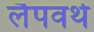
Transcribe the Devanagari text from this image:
लैपवर्थ